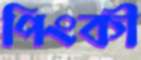
পিংকী